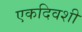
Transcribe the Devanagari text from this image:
एकदिवशी